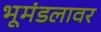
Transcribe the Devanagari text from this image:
भूमंडलावर